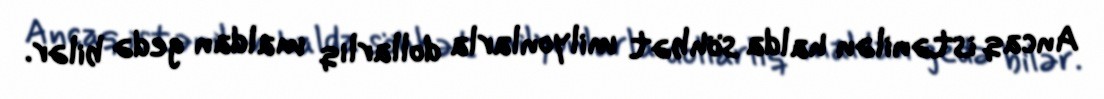
Ancaq istənilən halda söhbət milyonlarla dollarlıq maldan gedə bilər.